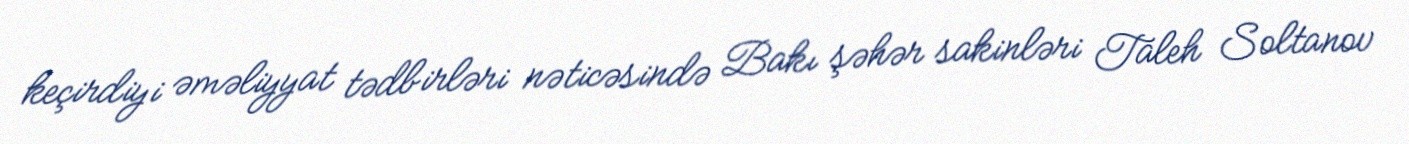
keçirdiyi əməliyyat tədbirləri nəticəsində Bakı şəhər sakinləri Taleh Soltanov